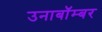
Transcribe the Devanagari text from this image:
उनाबॉम्बर